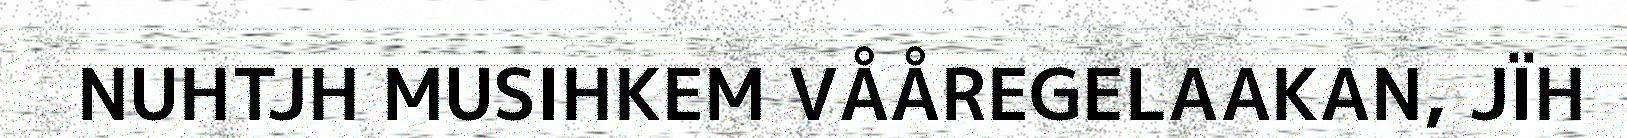
NUHTJH MUSIHKEM VÅÅREGELAAKAN, JÏH